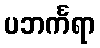
ပဘင်္ကရာ